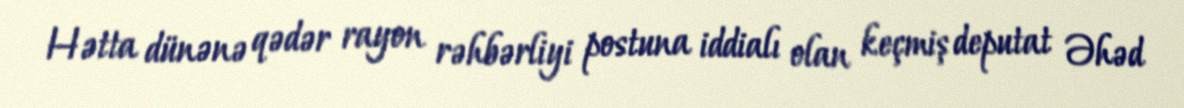
Hətta dünənə qədər rayon rəhbərliyi postuna iddialı olan keçmiş deputat Əhəd